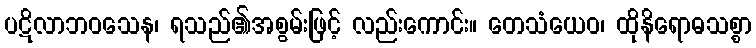
ပဋိလာဘဝသေန၊ ရသည်၏အစွမ်းဖြင့် လည်းကောင်း။ တေသံယေဝ၊ ထိုနိရောဓသစ္စာ